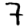
Digit: 7